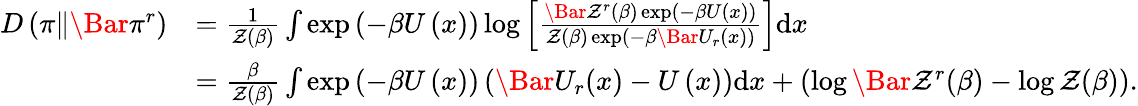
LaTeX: \begin{array}{rl}{D\left(\pi\| \Bar{\pi}^{r}\right)}&{=\frac{1}{\mathcal{Z}(\beta)}\int\exp\left(-\beta U\left(x\right)\right)\log\left[\frac{\Bar{\mathcal{Z}}^{r}(\beta)\exp\left(-\beta U\left(x\right)\right)}{\mathcal{Z}(\beta)\exp\left(-\beta\Bar{U}_{r}\left(x\right)\right)}\right]\mathrm{d}x}\\ &{=\frac{\beta}{\mathcal{Z}(\beta)}\int\exp\left(-\beta U\left(x\right)\right)\left(\Bar{U}_{r}(x)-U\left(x\right)\right)\mathrm{d}x+\left(\log\Bar{\mathcal{Z}}^{r}(\beta)-\log\mathcal{Z}(\beta)\right).}\end{array}